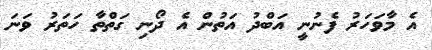
އެ މާވަހަރު ފެނުނީ އަބްދު އަތުން އެ ދޯނި ގަތްތާ ހަތަރު ވަނަ